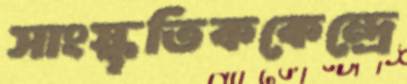
সাংস্কৃতিককেন্দ্রে